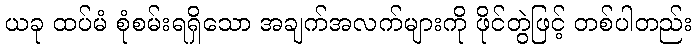
ယခု ထပ်မံ စုံစမ်းရရှိသော အချက်အလက်များကို ဖိုင်တွဲဖြင့် တစ်ပါတည်း